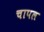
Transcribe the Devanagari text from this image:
चापल